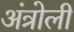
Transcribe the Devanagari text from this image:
अंत्रोली